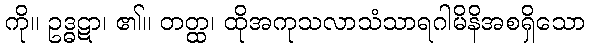
ကို။ ဥဒ္ဓဋာ၊ ၏။ တတ္ထ၊ ထိုအကုသလာသံသာရဂါမိနိအစရှိသော